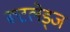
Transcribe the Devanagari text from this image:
रूटलेड्ज